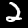
Digit: 2